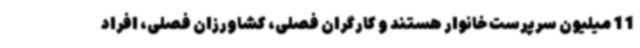
11 میلیون سرپرست خانوار هستند و کارگران فصلی، کشاورزان فصلی، افراد